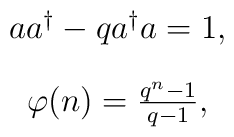
\begin{array}{c}aa^{\dagger} - q a^{\dagger}a = 1,\\[4mm]\varphi (n) = \frac{q^n - 1}{q - 1},\end{array}